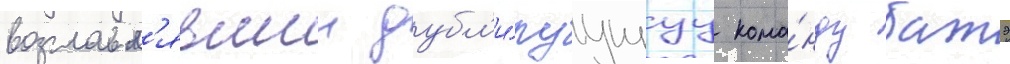
возглавл'явшии дубл'и́руущуу кома́нду батэ